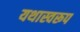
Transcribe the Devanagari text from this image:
यथास्वरूप